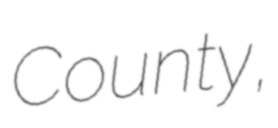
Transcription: County,